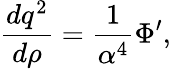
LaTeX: {\frac{dq^{2}}{d\rho}}={\frac{1}{\alpha^{4}}}\Phi^{\prime},